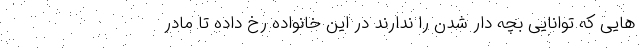
هایی که توانایی بچه دار شدن را ندارند در این خانواده رخ داده تا مادر